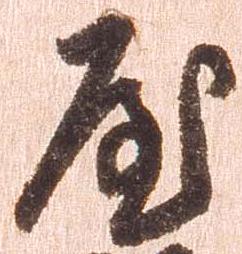
屋